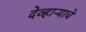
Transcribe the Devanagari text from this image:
देव्हाऱ्याचे